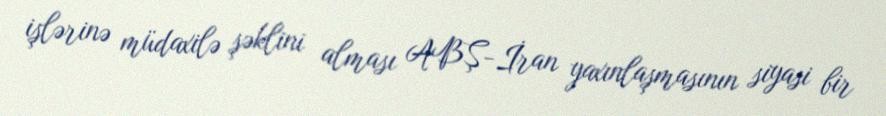
işlərinə müdaxilə şəklini alması ABŞ-İran yaxınlaşmasının siyasi bir